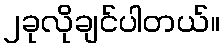
၂ခုလိုချင်ပါတယ်။